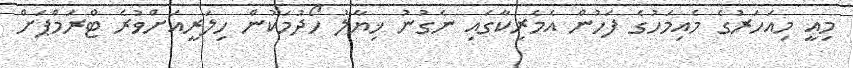
މިއީ މިއަހަރުގެ މެއިމަހުގެ ފަހުން އެމެރިކާގައި ނެގުނު ޚިޔާލު ހޯދުމަކުން ހިލަރީއަށްވުރެ ޓްރަމްޕަށް